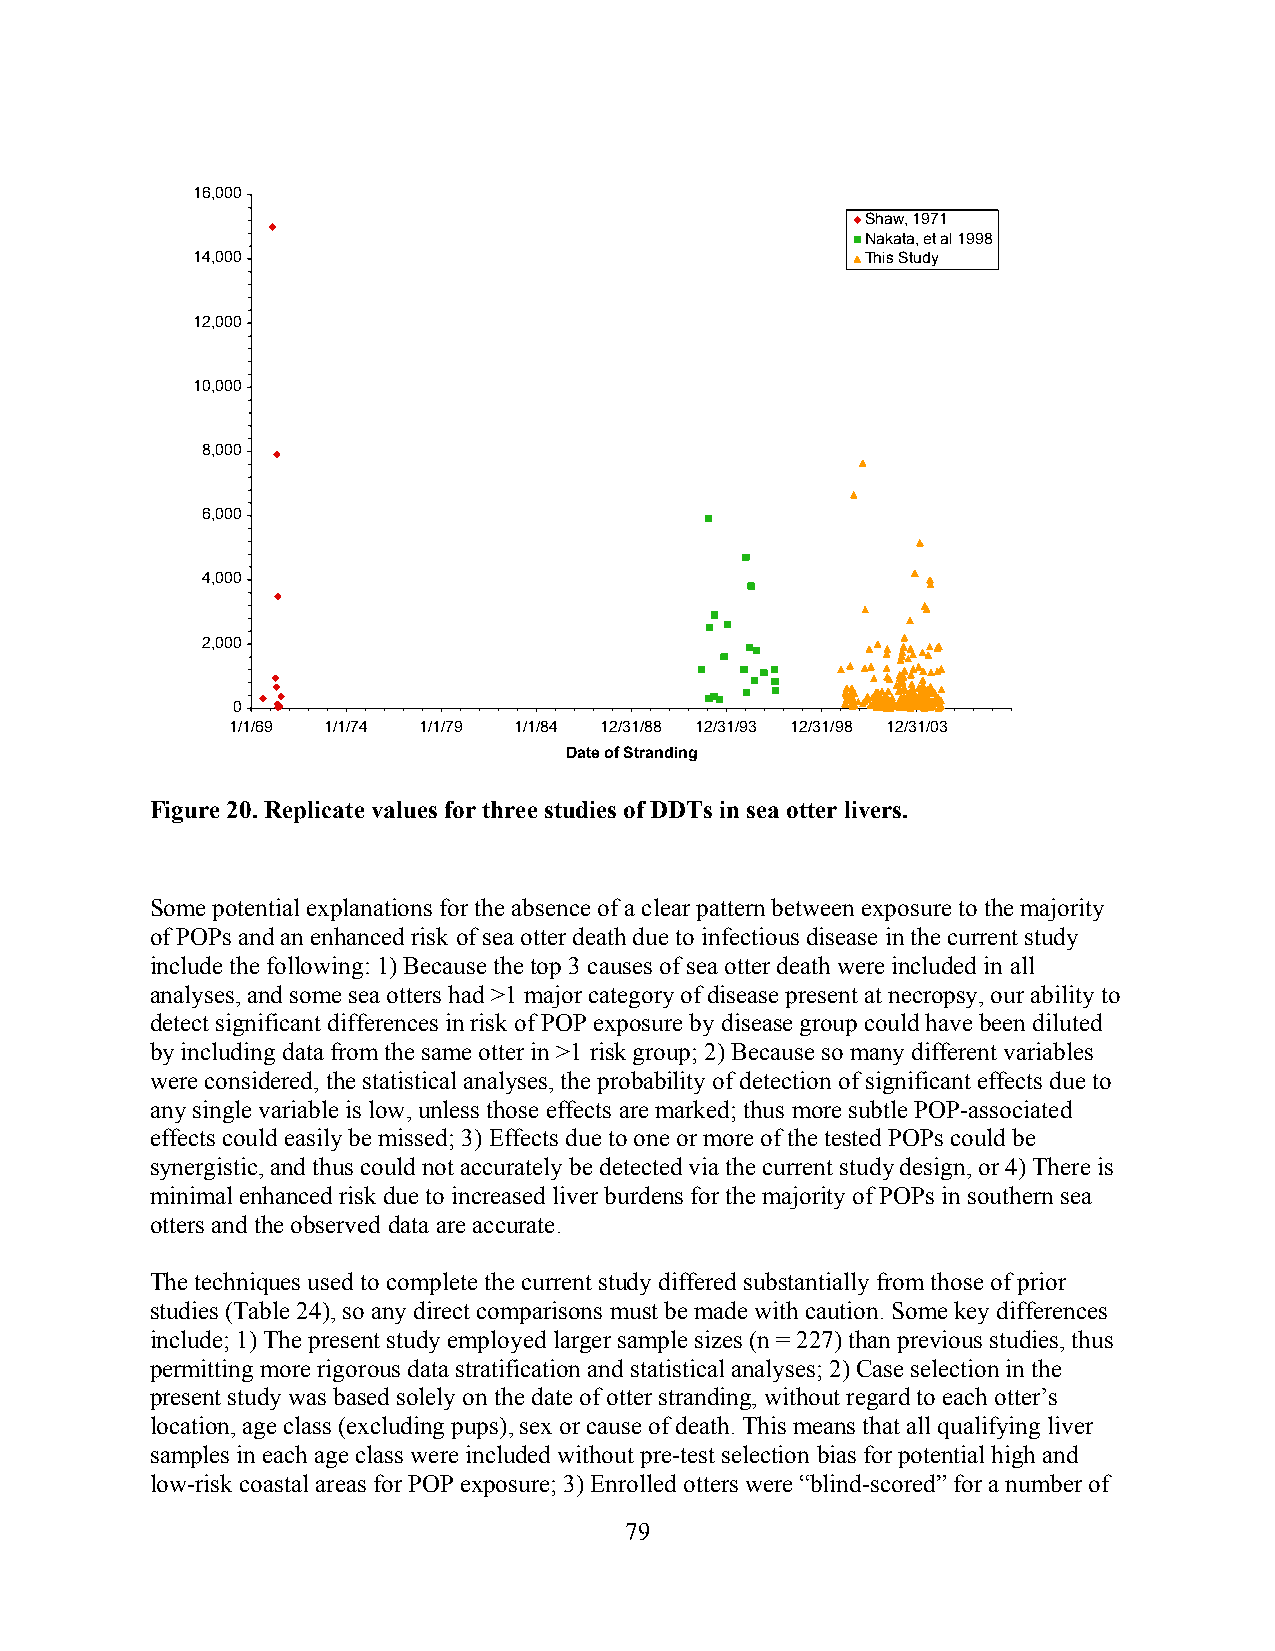
16,000
 Shaw, 1971
 Nakata, et al 1998
 14,000                                      This Study
 12,000
 10,000
 8,000
 6,000
 4,000
 2,000
 0
 1/1/69 1/1/74 1/1/79 1/1/84 12/31/88 12/31/93 12/31/98 12/31/03
 Date of Stranding
 Figure 20. Replicate values for three studies of DDTs in sea otter livers.
 Some potential explanations for the absence of a clear pattern between exposure to the majority
 of POPs and an enhanced risk of sea otter death due to infectious disease in the current study
 include the following: 1) Because the top 3 causes of sea otter death were included in all
 analyses, and some sea otters had >1 major category of disease present at necropsy, our ability to
 detect significant differences in risk of POP exposure by disease group could have been diluted
 by including data from the same otter in >1 risk group; 2) Because so many different variables
 were considered, the statistical analyses, the probability of detection of significant effects due to
 any single variable is low, unless those effects are marked; thus more subtle POP-associated
 effects could easily be missed; 3) Effects due to one or more of the tested POPs could be
 synergistic, and thus could not accurately be detected via the current study design, or 4) There is
 minimal enhanced risk due to increased liver burdens for the majority of POPs in southern sea
 otters and the observed data are accurate.
 The techniques used to complete the current study differed substantially from those of prior
 studies (Table 24), so any direct comparisons must be made with caution. Some key differences
 include; 1) The present study employed larger sample sizes (n = 227) than previous studies, thus
 permitting more rigorous data stratification and statistical analyses; 2) Case selection in the
 present study was based solely on the date of otter stranding, without regard to each otter’s
 location, age class (excluding pups), sex or cause of death. This means that all qualifying liver
 samples in each age class were included without pre-test selection bias for potential high and
 low-risk coastal areas for POP exposure; 3) Enrolled otters were “blind-scored” for a number of
 79